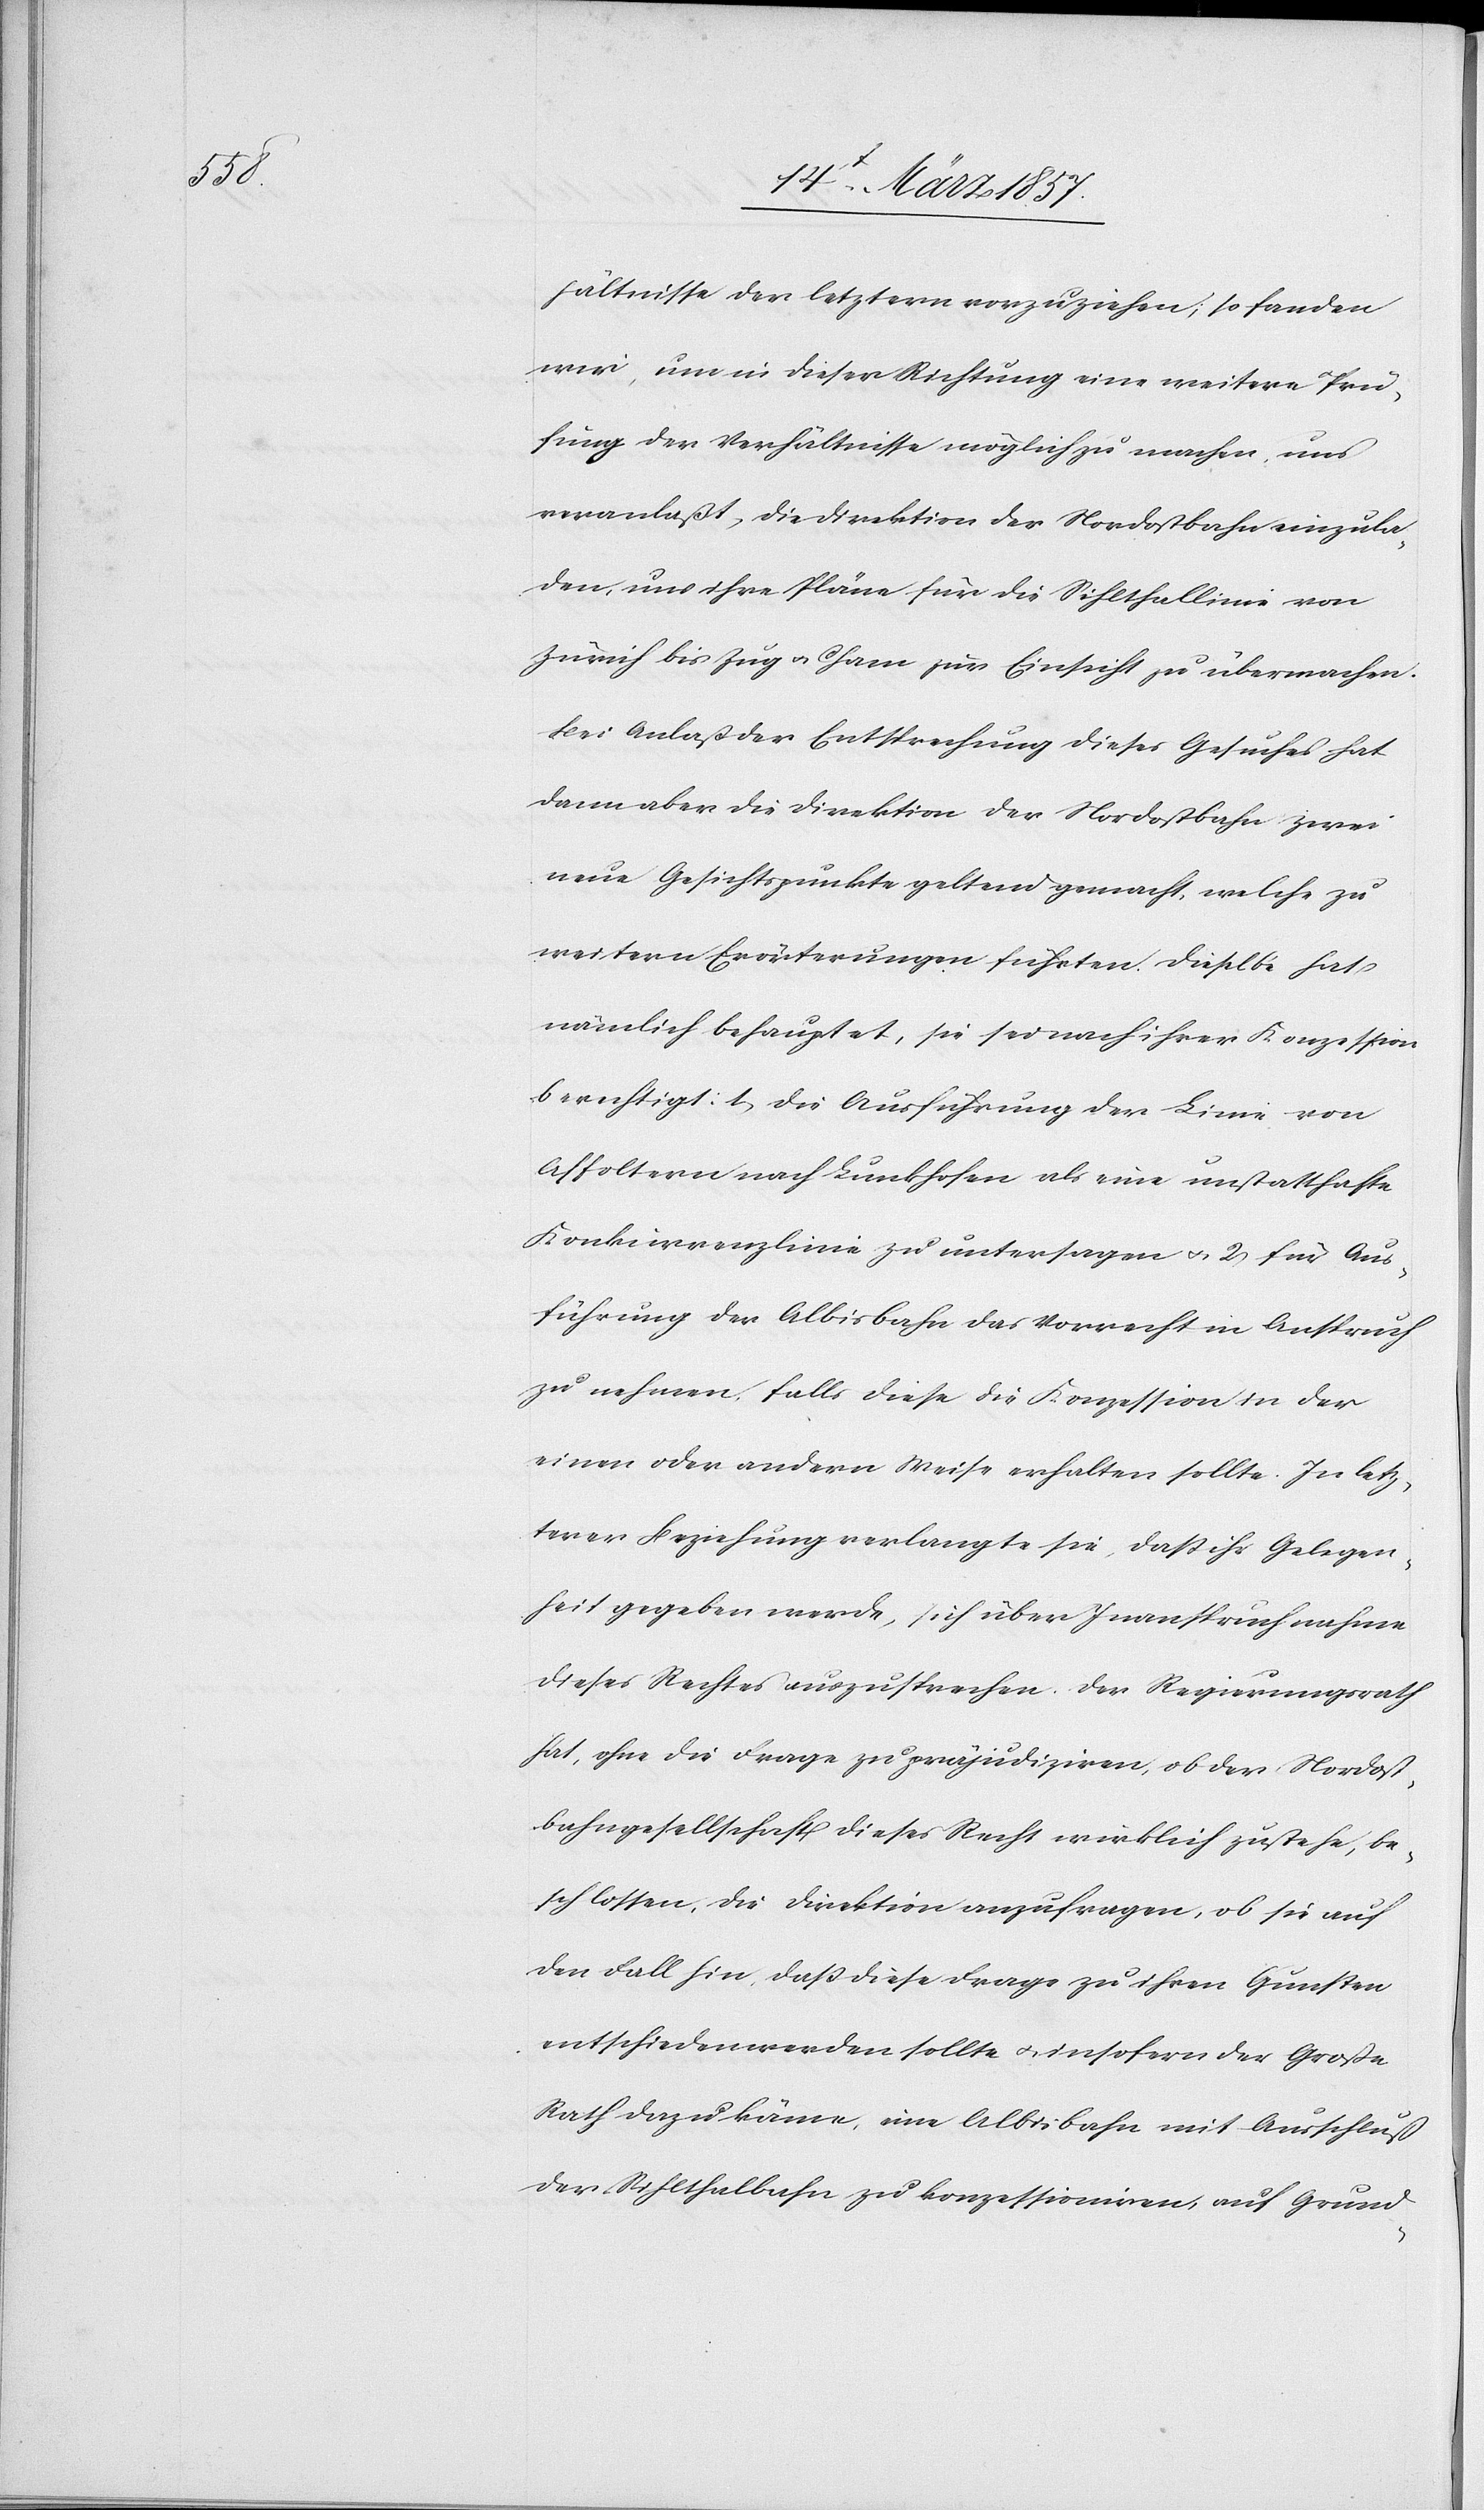
Nordost¬

hältnisse der letztern vorzuziehen, so fanden
wir, um in dieser Richtung eine weitere Prü¬
fung der Verhältnisse möglich zu machen, uns
veranlaßt, die Direktion der Nordostbahn einzula¬
den, uns ihre Pläne für die Sihlthallinie von
Zürich bis Zug u. Cham zur Einsicht zu übermachen.
Bei Anlaß der Entsprechung dieses Gesuches hat
dann aber die Direktion der Nordostbahn zwei
neue Gesichtspunkte geltend gemacht, welche zu
weitern Erörterungen führten. Dieselbe hat
nämlich behauptet, sie sei nach ihrer Konzession
berechtigt: 1. die Ausführung der Linie von
Affoltern nach Lunkhofen als eine unstatthafte
Konkurrenzlinie zu untersagen u. 2 für Aus¬
führung der Albisbahn das Vorrecht in Anspruch
zu nehmen, falls diese die Konzession in der
einen oder andern Weise erhalten sollte. In letz¬
terer Beziehung verlangte sie, daß ihr Gelegen¬
heit gegeben werde, sich über Inanspruchnahme
bahngesellschaft dieses Recht wirklich zustehe, be¬
schlossen, die Direktion anzufragen, ob sie auf
den Fall hin, daß diese Frage zu ihren Gunsten
entschieden werden sollte u. insofern der Große
Rath dazu käme, eine Albisbahn mit Ausschluß
der Sihlthalbahn zu konzessioniren, auf Grund-